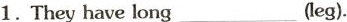
1.They have long ___ (leg).